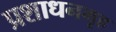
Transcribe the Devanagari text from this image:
प्रशाधनगृह